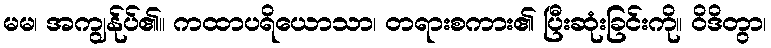
မမ၊ အကျွန်ုပ်၏။ ကထာပရိယောသာ၊ တရားစကား၏ ပြီးဆုံးခြင်းကို။ ဝိဒိတွာ၊